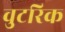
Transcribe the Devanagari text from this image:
वुटरिक